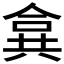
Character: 𠔤